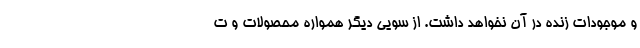
و موجودات زنده در آن نخواهد داشت. از سویی دیگر همواره محصولات و ت